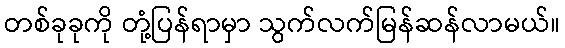
တစ်ခုခုကို တုံ့ပြန်ရာမှာ သွက်လက်မြန်ဆန်လာမယ်။